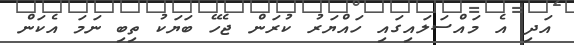
އަދި އެ މައްސަލައިގައި ހައްޔަރު ކުރަން ޖެހޭ ބަޔަކު ތިބި ނަމަ އެކަން